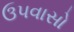
ઉપવાસો